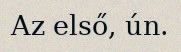
Az első, ún.